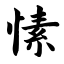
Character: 愫